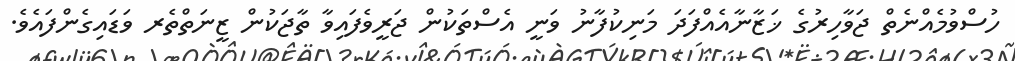
ހުސްވުމެއްނެތް ޖަވާހިރުގެ ޚަޒާނާއެއްފަދަ މަނިކުފާނު ވަނީ އެސްތަކުން ޖަރީވެފައިވާ ތާޖަކުން ޒީނަތްތެރ ވަޑައިގެންފައެވެ.